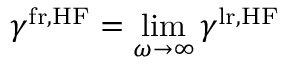
\gamma ^ { \mathrm { f r , H F } } = \operatorname* { l i m } _ { \omega \to \infty } \gamma ^ { \mathrm { l r , H F } }